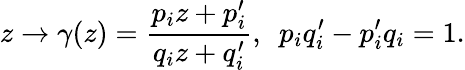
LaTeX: z\rightarrow\gamma(z)=\frac{p_{i}z+p_{i}^{\prime}}{q_{i}z+q_{i}^{\prime}},~~p_{i}q_{i}^{\prime}-p_{i}^{\prime}q_{i}=1.